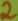
Text: 2